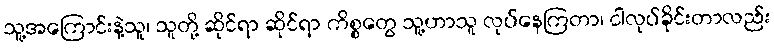
သူ့အကြောင်းနဲ့သူ၊ သူတို့ ဆိုင်ရာ ဆိုင်ရာ ကိစ္စတွေ သူ့ဟာသူ လုပ်နေကြတာ၊ ငါလုပ်ခိုင်းတာလည်း